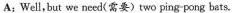
A;Well,but we need(需要)two ping pong bats.